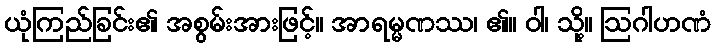
ယုံကြည်ခြင်း၏ အစွမ်းအားဖြင့်။ အာရမ္မဏဿ၊ ၏။ ဝါ၊ သို့။ ဩဂါဟဏံ